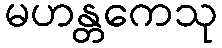
မဟန္တကေသု